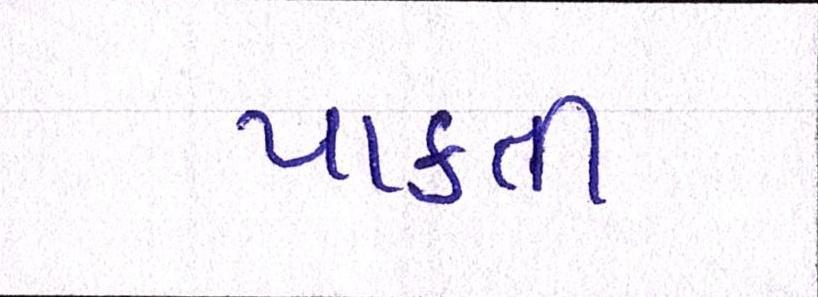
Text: પાકતી